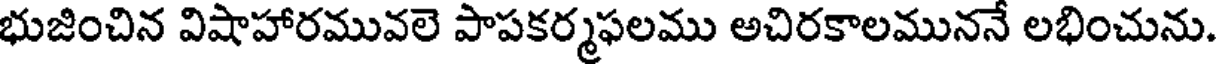
భుజించిన విషాహారమువలె పాపకర్మఫలము అచిరకాలముననే లభించును.